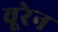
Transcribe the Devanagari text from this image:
वूरेन